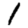
Digit: 1